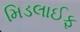
મિડલાઈફ